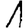
Digit: 1